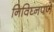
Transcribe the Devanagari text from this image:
निविघ्नपणे